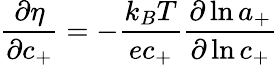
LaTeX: \frac{\partial\eta}{\partial c_{+}}=-\frac{k_{B}T}{ec_{+}}\frac{\partial\ln{a_{+}}}{\partial\ln{c_{+}}}